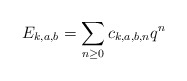
\begin{align*}E_{k,a,b} = \sum_{n \geq 0} c_{k,a,b,n} q^n \end{align*}